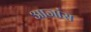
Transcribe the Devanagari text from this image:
आजांस